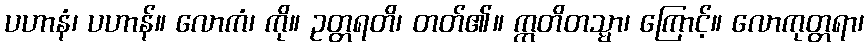
ပဟာနံ၊ ပဟာန်။ လောကံ၊ ကို။ ဥတ္တရတိ၊ တတ်၏။ ဣတိတသ္မာ၊ ကြောင့်။ လောကုတ္တရာ၊